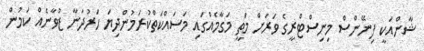
ޝާންއަކީ ފިނޭންސް މިނިސްޓްރީގެ ވަރަށް މަތީ މަގާމެއްގައި މަސައްކަތްކުރަމުންދިޔަ ހަރުދަނާ ޒުވާނެއް ކަމުން